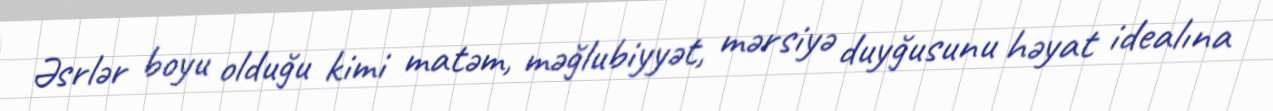
Əsrlər boyu olduğu kimi matəm, məğlubiyyət, mərsiyə duyğusunu həyat idealına